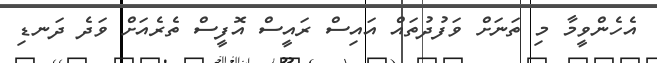
އެހެންވީމާ މި ތަނަށް ވަފުދުތައް އައިސް ރައީސް އޮފީސް ތެރެއަށް ވަދެ ދަނޑި